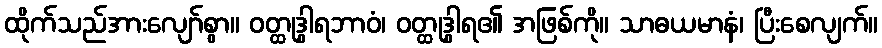
ထိုက်သည်အားလျော်စွာ။ ဝတ္ထုဒွါရဘာဝံ၊ ဝတ္ထုဒွါရ၏ အဖြစ်ကို။ သာဓယမာနံ၊ ပြီးစေလျက်။